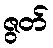
ဇွတ်